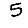
Digit: 5